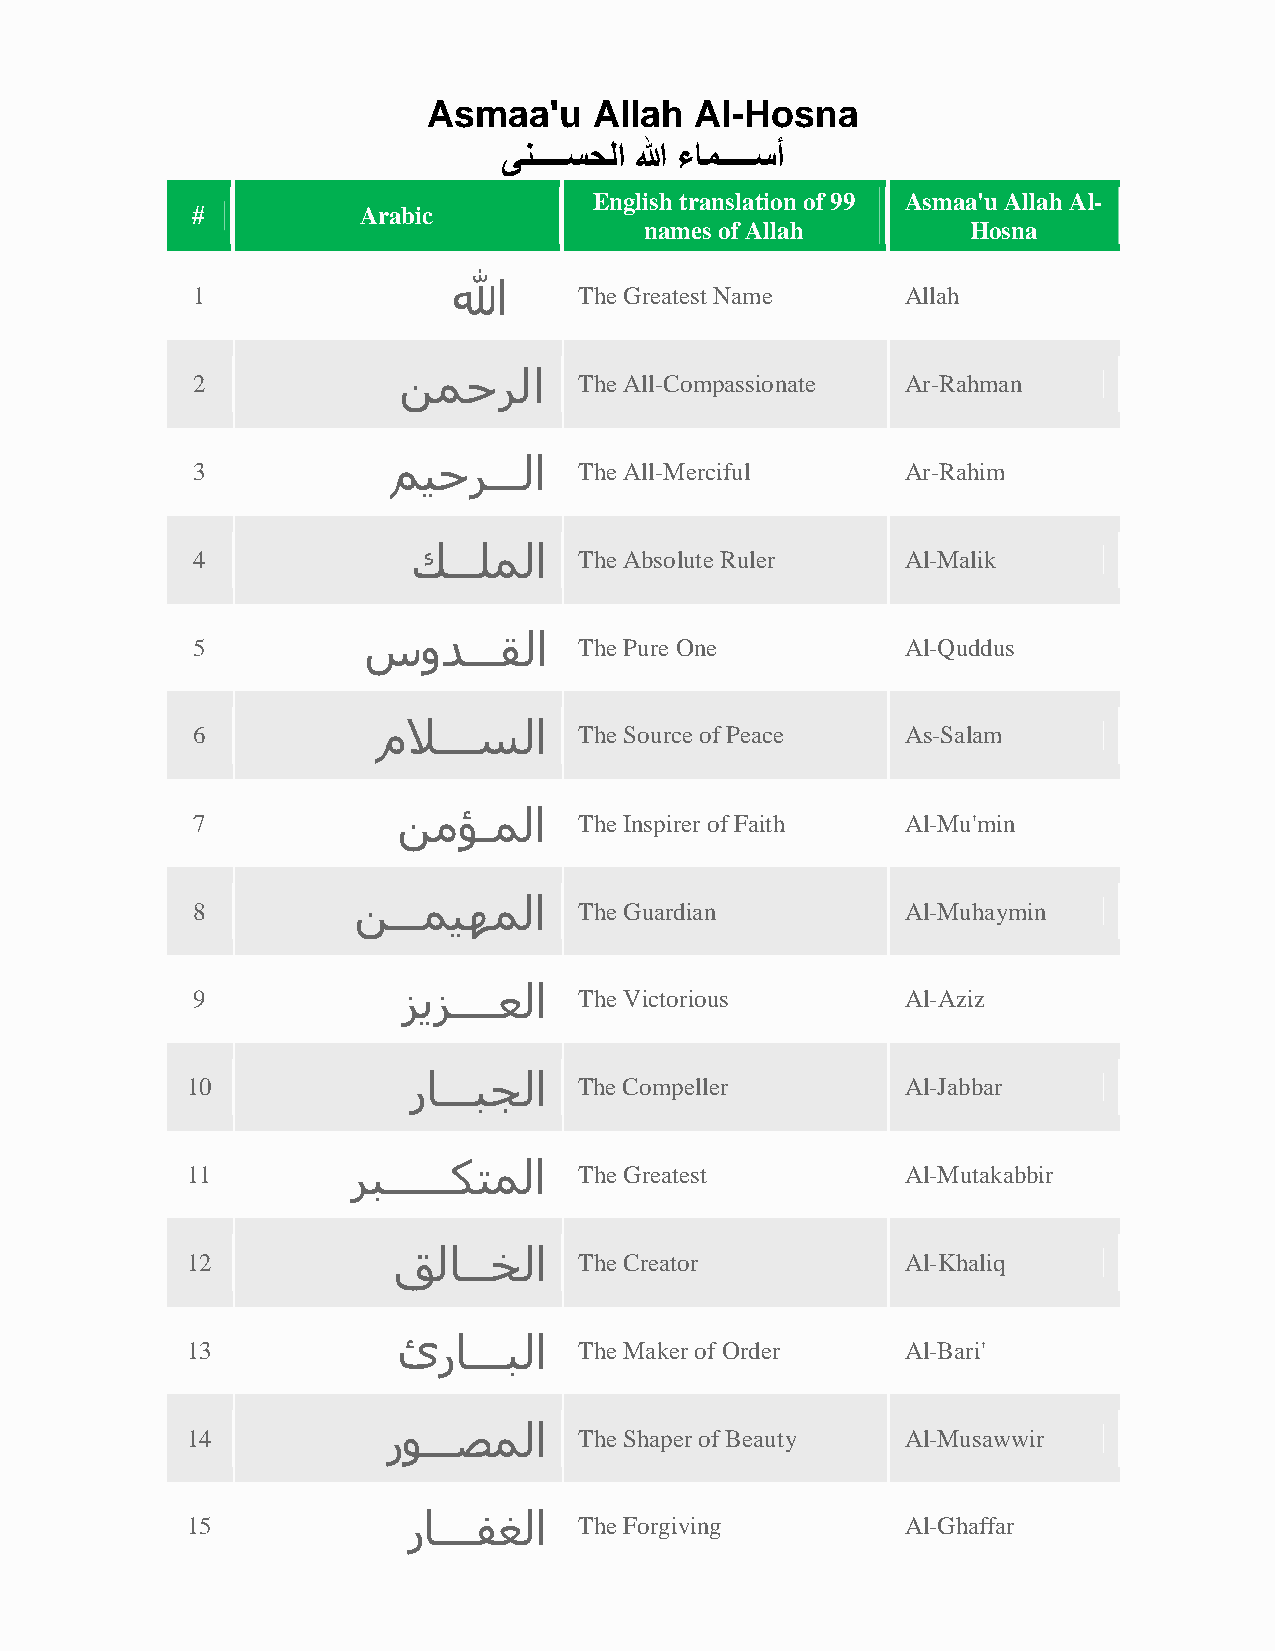
Asmaa'u    Allah  Al-Hosna
 ﻰﻧـــــﺳﺣﻟا ﷲ ءﺎﻣـــــﺳأ
 English translation of 99 Asmaa'u Allah Al-
 #          Arabic
 names of Allah       Hosna
 ﷲ
 1                        The Greatest Name     Allah
 ﻦﻤﺣﺮﻟا
 2                        The All-Compassionate Ar-Rahman
 ﻢﯿﺣﺮـــﻟا
 3                        The All-Merciful      Ar-Rahim
 ﻚـــﻠﻤﻟا
 4                        The Absolute Ruler    Al-Malik
 سوﺪـــﻘﻟا
 5                        The Pure One          Al-Quddus
 مﻼـــﺴﻟا
 6                        The Source of Peace   As-Salam
 ﻦﻣﺆــﻤﻟا
 7                        The Inspirer of Faith Al-Mu'min
 ﻦـــﻤﯿﮫﻤﻟا
 8                        The Guardian          Al-Muhaymin
 ﺰﻳﺰــــﻌﻟا
 9                        The Victorious        Al-Aziz
 رﺎـــﺒﺠﻟا
 10                        The Compeller         Al-Jabbar
 ﺮﺒــــــﻜﺘﻤﻟا
 11                        The Greatest          Al-Mutakabbir
 ﻖﻟﺎـــﺨﻟا
 12                        The Creator           Al-Khaliq
 ئرﺎـــﺒﻟا
 13                        The Maker of Order    Al-Bari'
 رﻮـــﺼﻤﻟا
 14                        The Shaper of Beauty  Al-Musawwir
 رﺎــــﻔﻐﻟا
 15                        The Forgiving         Al-Ghaffar